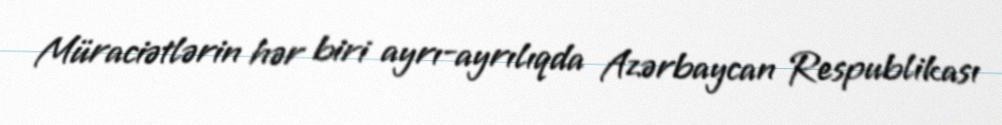
Müraciətlərin hər biri ayrı-ayrılıqda Azərbaycan Respublikası